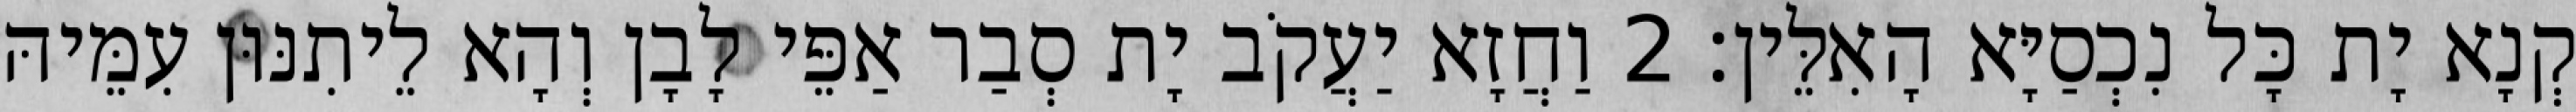
קְנָא יָת כָּל נִכְסַיָּא הָאִלֵּין׃ 2 וַחֲזָא יַעֲקֹב יָת סְבַר אַפֵּי לָבָן וְהָא לֵיתִנּוּן עִמֵּיהּ